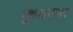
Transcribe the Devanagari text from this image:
कुतरना